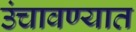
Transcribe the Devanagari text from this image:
उंचावण्यात